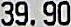
39.90